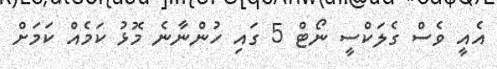
އެއީ ވެސް ގެލަކްސީ ނޯޓް 5 ގައި ހުންނާނެ މޮޅު ކަމެއް ކަމަށް